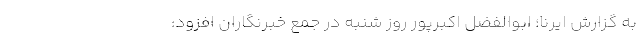
به گزارش ایرنا؛ ابوالفضل اکبرپور روز شنبه در جمع خبرنگاران افزود: